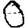
Digit: 0